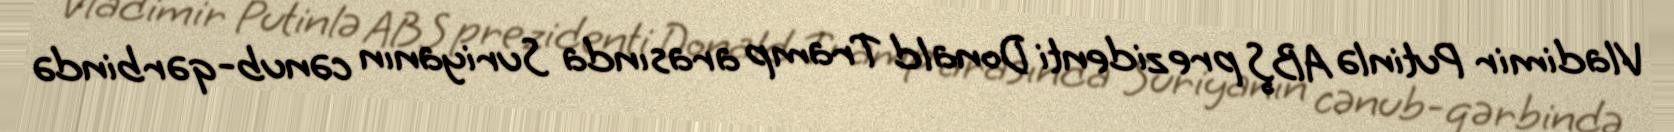
Vladimir Putinlə ABŞ prezidenti Donald Tramp arasında Suriyanın cənub-qərbində